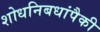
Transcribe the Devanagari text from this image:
शोधनिबधांपैकी